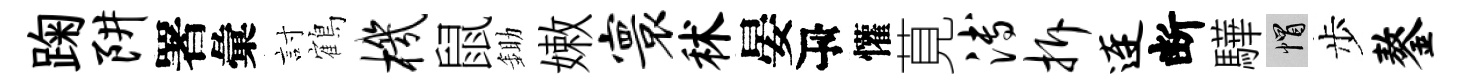
踘阱署彙討鶴机鼠鋤嫩寰秫晏瓴懽莧溥拆连断驊帽步鏊